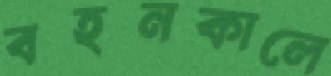
বহনকালে